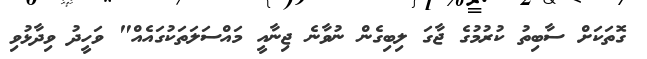
ގޮތަކަށް ސާބިތު ކުރުމުގެ ޖާގަ ލިބިގެން ނުވާނެ ޖިނާއީ މައްސަލަތަކުގައެެއް" ވަހީދު ވިދާޅުވި